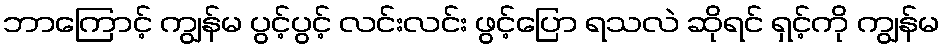
ဘာကြောင့် ကျွန်မ ပွင့်ပွင့် လင်းလင်း ဖွင့်ပြော ရသလဲ ဆိုရင် ရှင့်ကို ကျွန်မ